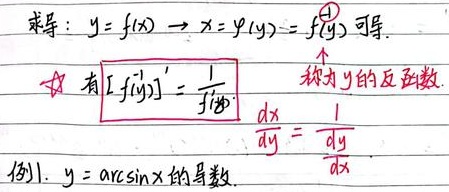
求导：若\(y = f(x)\)，则\(x=\varphi(y)=f^{-1}(y)\)可导。★ 有\([f^{-1}(y)]'=\frac{1}{f'(x)}\) ，\(x = f^{-1}(y)\)称为\(y = f(x)\)的反函数，且\(\frac{dx}{dy}=\frac{1}{\frac{dy}{dx}}\)。

例1. 求\(y = \arcsin x\)的导数。